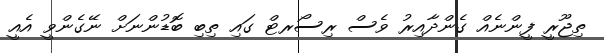
ތިޖޫރީ ފީންނެއް ގެންދާއިރު ވެސް ރިސޯރޓް ގައި ތިބި ބޮޑުންނަށް ނޭގެންވީ އެއީ